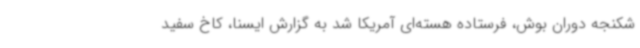
شکنجه دوران بوش، فرستاده هسته‌ای آمریکا شد به گزارش ایسنا، کاخ سفید